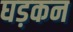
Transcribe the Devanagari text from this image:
घड़कन